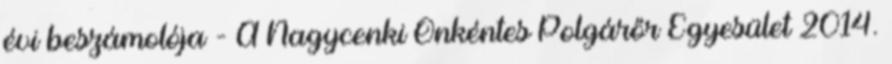
évi beszámolója - A Nagycenki Önkéntes Polgárőr Egyesület 2014.